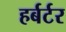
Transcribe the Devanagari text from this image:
हर्बर्टर